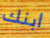
ابنك